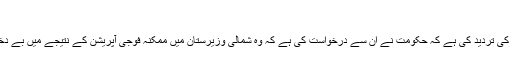
‘‘
پاکستان میں موجود بین الاقوامی امدادی تنظیموں کے نمائندوں نے بھی ایسی اطلاعات کی تردید کی ہے کہ حکومت نے اُن سے درخواست کی ہے کہ وہ شمالی وزیرستان میں ممکنہ فوجی آپریشن کے نتیجے میں بے دخل ہونے والی شہری آبادی کی خوراک اور رہائش کا بندوبست کرنے کی تیاری کریں۔